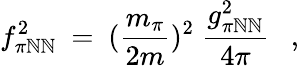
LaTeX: f_{\pi\mathbb{N}\mathbb{N}}^{2}\ =\ (\frac{{m_{\pi}}}{{2m}})^{2}\ \frac{{g_{\pi\mathbb{N}\mathbb{N}}^{2}}}{{4\pi}}\ \ \ ,